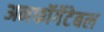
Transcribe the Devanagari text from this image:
अनफॉर्गेटेबल